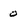
Character: 0